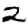
Digit: 2